Heimtali_vallavalitsus, lk 17
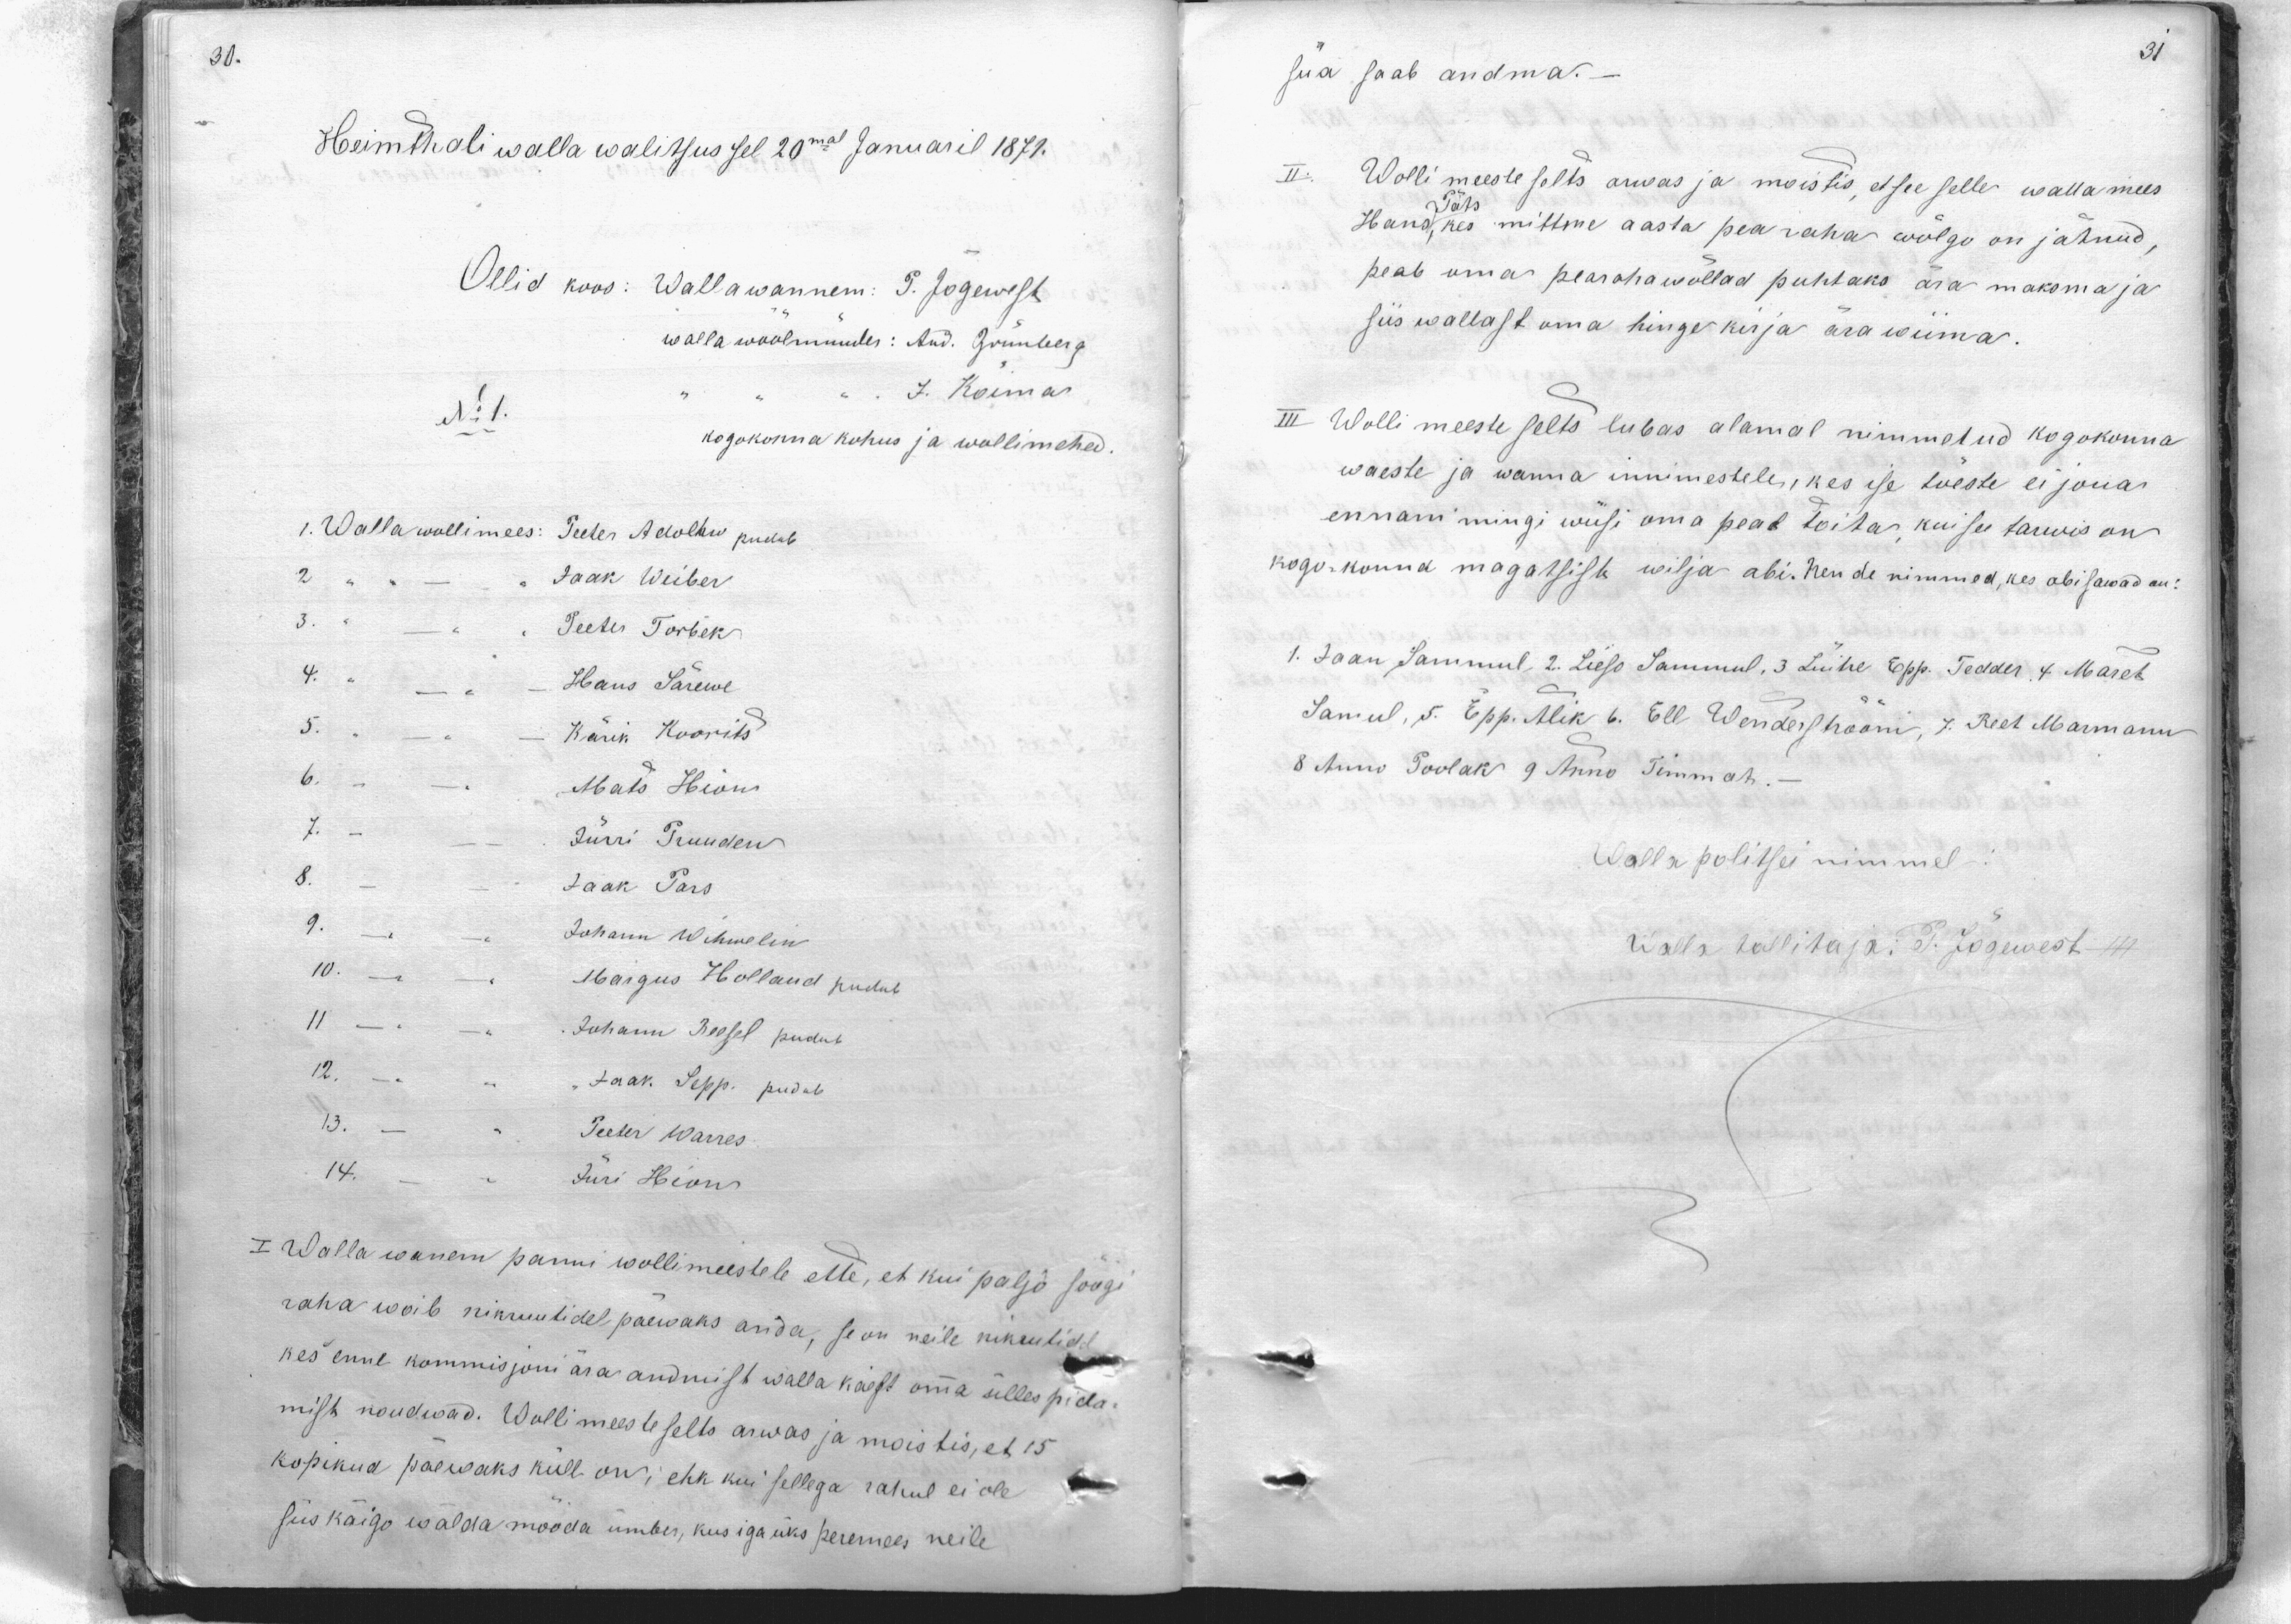
Heimthali walla walitsus sel 20mal Januaril 1871.
Ollid koos: Wallawannem: P. Jõgewest
walla wöölmünder: And. Grünberg
No 1.
J. Koimas
kogokonna kohus ja wollimehed.
1. Walla wollimees: Peeter Adolhw puubub
2 Jaak Weiber
3. Peeter Torbek
4. Hans Särewe
5. Kärik Koorits
6. Mats Hion
7. Jürri Truudew
8. Jaak Pars
9. Johann Wihwelin
10. Margus Holland pudub
11 Juhann Reesel pudub
12. Jaak Sepp pudub
13. Peeter Warres
14. Jüri Hions
I Walla wanem panni wollimeestele ette, et kui paljo söögi
raha wõib nikruutidel päewaks anda, se on neile nikrulidel
kes enne kommisjoni ära andmist walla käest oma ülles pida-
mist nõudwad. Wollimeeste selts arwas ja moistis, et 15
kopikud päewaks küll on; ehk kui sellega rahul ei ole
siis käigo walda mööda ümber, kus iga üks peremees neile

siia saab andma.
II Wollimeeste selts arwas ja moistis, et see selle wallamees
Hans Päts, kes mittme aasta pea raha wõlgu on jätnud,
peab oma pearahawõllad puhtaks ära maksma ja
siis wallast oma hinge kirja ära wiima.
III Wollimeeste selts lubas alamal nimmetud kogokonna
waeste ja wanna innimestele, kes ise tõeste ei jõua
ennani mingi wiisi oma pead toita, kui see tarwis on
kogokonna magatsist wilja abi. Nende nimmed, kes abi sawad on:
1. Jaan Sammul, 2. Lieso Sammul, 3 Lüihe Epp. Tedder 4. Maret
Samul, 5. Epp. Atik 6. Ell Wendershooni, 7. Reet Marmann
8 Anno Poolak 9 Anno Tinnah.
Walla politsei nimmel
Walla tallitaja: P. Jõgewest